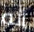
أنه